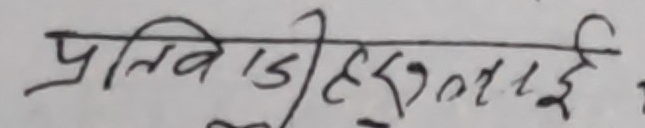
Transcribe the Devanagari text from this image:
प्रतिबिम्बितई